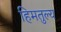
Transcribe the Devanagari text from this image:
हिमतुल्य